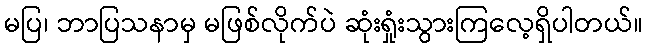
မပြ၊ ဘာပြသနာမှ မဖြစ်လိုက်ပဲ ဆုံးရှုံးသွားကြလေ့ရှိပါတယ်။